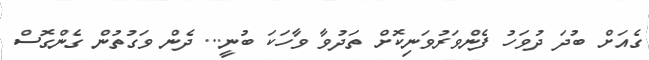
ގެއަށް ބުދަ ދުވަހު ފެންވަރުވަނިކޮށް ތަދުވާ ވާހަކަ ބުނީ... ދެން ވަގުތުން ގެންގޮސް